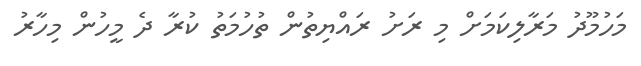
މަހުމޫދު މަރާލިކަމަށް މި ރަށު ރައްޔިތުން ތުހުމަތު ކުރާ ދެ މީހުން މިހާރު